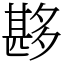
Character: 夦